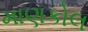
માણકોલ